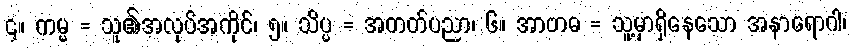
၄။ ကမ္မ = သူ၏အလုပ်အကိုင်၊ ၅။ သိပ္ပ = အတတ်ပညာ၊ ၆။ အာဗာဓ = သူ့မှာရှိနေသော အနာရောဂါ၊